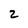
Character: 2